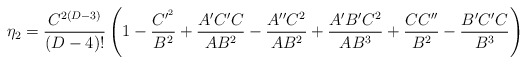
\begin{align*}\eta_{2}={{C^{2 (D-3)}}\over {(D-4)!}} \left(1-{{C^{\prime^{2}}}\over {B^{2}}}+{{A^{\prime}C^{\prime}C}\over {A B^{2}}}-{{A^{\prime\prime}C^{2}}\over{AB^{2}}}+{{A^{\prime}B^{\prime}C^{2}}\over {AB^{3}}}+{{CC^{\prime\prime}}\over {B^{2}}}-{{B^{\prime}C^{\prime}C}\over {B^{3}}}\right)\end{align*}